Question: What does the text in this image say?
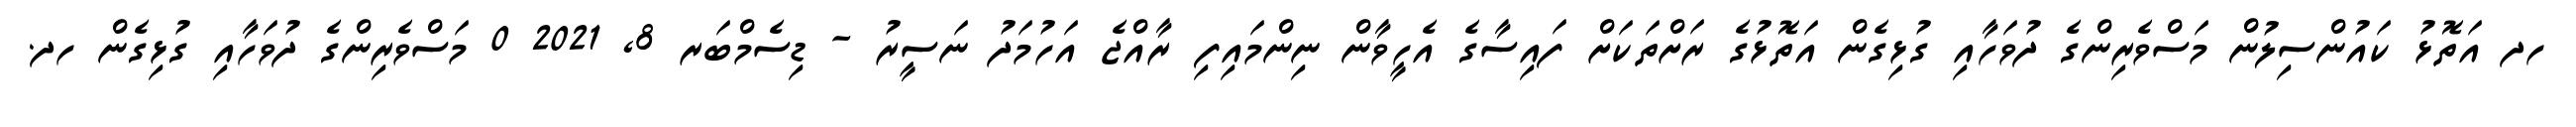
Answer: ހދ އަތޮޅު ކައުންސިލުން މަސްވެރިންގެ ދުވަހާއި ގުޅިގެން އަތޮޅުގެ ރަށްތަކަށް ފައިސާގެ އެހީވާން ނިންމައިފި ރާއްޖެ އަހުމަދު ނަސީރު - ޑިސެމްބަރ 8, 2021 0 މަސްވެރިންގެ ދުވަހާއި ގުޅިގެން ހދ.